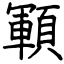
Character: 顐